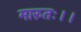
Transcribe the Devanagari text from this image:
मारुतः।।